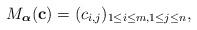
LaTeX: \begin{align*}M_{\boldsymbol\alpha} (\mathbf{c}) = (c_{i,j})_{1 \leq i \leq m, 1 \leq j \leq n},\end{align*}